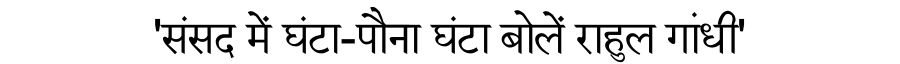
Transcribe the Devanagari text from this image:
'संसद में घंटा-पौना घंटा बोलें राहुल गांधी'